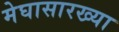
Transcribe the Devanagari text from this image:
मेघासारख्या